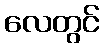
လေတွင်